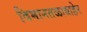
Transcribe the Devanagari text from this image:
विमानतळाबाहेर